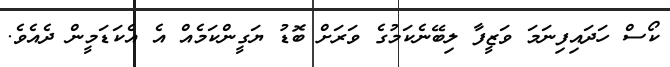
ކޯސް ހަދައިފިނަމަ ވަޒީފާ ލިބޭނެކަމުގެ ވަރަށް ބޮޑު ޔަގީންކަމެއް އެ އެކަަޑަމީން ދެއެވެ.